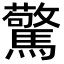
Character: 驚